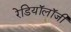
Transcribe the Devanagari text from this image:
रेडियॉलॉजी